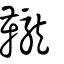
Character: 䪊